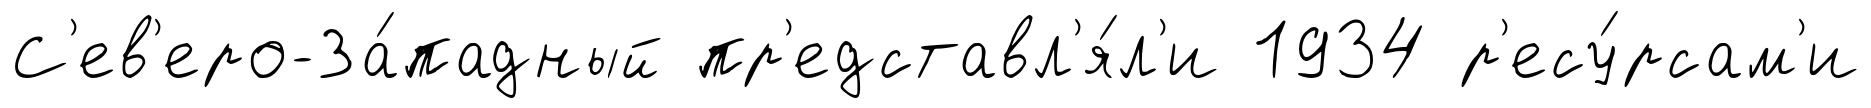
С'ев'еро-За́падный пр'едставл'я́л'и 1934 р'есу́рсам'и